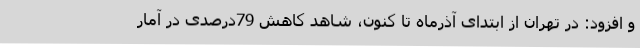
و افزود: در تهران از ابتدای آذرماه تا کنون، شاهد کاهش 79درصدی در آمار